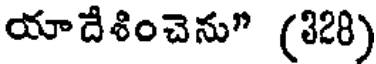
యాదేశించెను" (328)